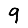
Digit: 9